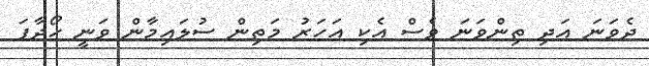
ދެވަަނަ އަދި ތިންވަނަ ވެސް އެކި އަހަރު މަތިން ސުލައިމާން ވަނީ ހޯދާފަ